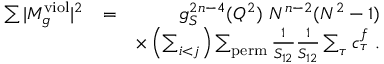
\begin{array} { r l r } { \sum \vert M _ { g } ^ { \mathrm { v i o l } } \vert ^ { 2 } } & { = } & { g _ { S } ^ { 2 n - 4 } ( Q ^ { 2 } ) ~ N ^ { n - 2 } ( N ^ { 2 } - 1 ) } \\ & { } & { \times \left( \sum _ { i < j } \right) \sum _ { \mathrm { p e r m } } \frac { 1 } { S _ { 1 2 } } \frac { 1 } { S _ { 1 2 } } \sum _ { \tau } c _ { \tau } ^ { f } ~ . } \end{array}